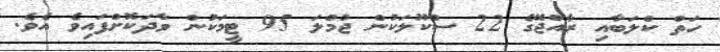
ހަތް ކްލަބާއި ރާއްޖޭގެ 22 ސްކޫލަކުން ޖުމްލަ 95 ޓީމަކުން ވާދަކޮށްފައިވެ އެވެ.